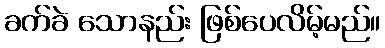
ခက်ခဲ သောနည်း ဖြစ်ပေလိမ့်မည်။